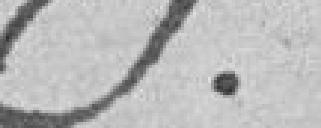
.